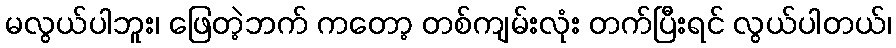
မလွယ်ပါဘူး၊ ဖြေတဲ့ဘက် ကတော့ တစ်ကျမ်းလုံး တက်ပြီးရင် လွယ်ပါတယ်၊